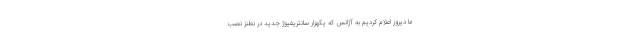
ما دیروز اعلام کردیم به آژانس که یکهزار سانتریفیوژ جدید در نطنز نصب